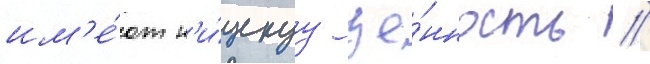
им'е́ют н'и́зкуу це́нность //